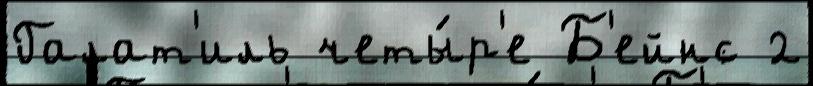
Галат'иль четы́р'е Б'ейнс 2